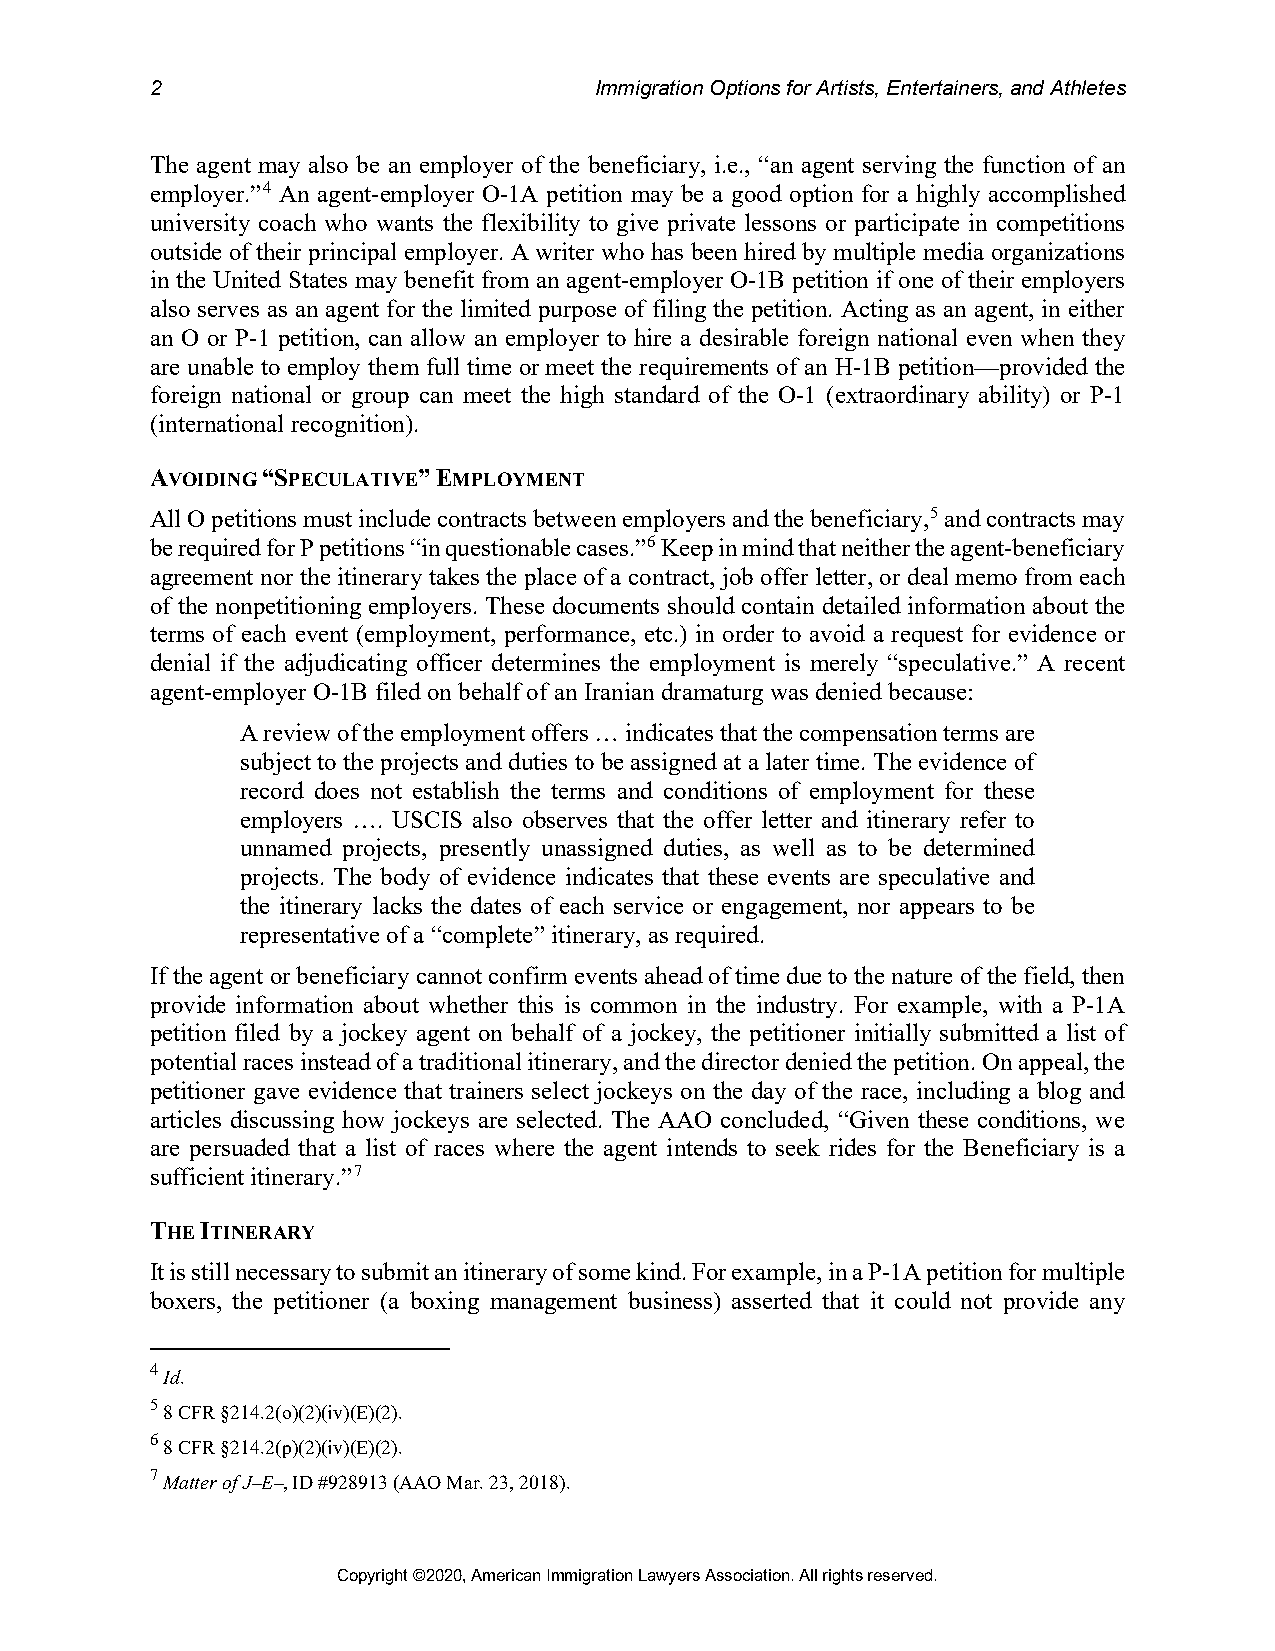
2                            Immigration Options for Artists, Entertainers, and Athletes
 The agent may also be an employer of the beneficiary, i.e., “an agent serving the function of an
 employer.”4 An agent-employer O-1A petition may be a good option for a highly accomplished
 university coach who wants the flexibility to give private lessons or participate in competitions
 outside of their principal employer. A writer who has been hired by multiple media organizations
 in the United States may benefit from an agent-employer O-1B petition if one of their employers
 also serves as an agent for the limited purpose of filing the petition. Acting as an agent, in either
 an O or P-1 petition, can allow an employer to hire a desirable foreign national even when they
 are unable to employ them full time or meet the requirements of an H-1B petition—provided the
 foreign national or group can meet the high standard of the O-1 (extraordinary ability) or P-1
 (international recognition).
 AVOIDING “SPECULATIVE” EMPLOYMENT
 All O petitions must include contracts between employers and the beneficiary,5 and contracts may
 be required for P petitions “in questionable cases.”6 Keep in mind that neither the agent-beneficiary
 agreement nor the itinerary takes the place of a contract, job offer letter, or deal memo from each
 of the nonpetitioning employers. These documents should contain detailed information about the
 terms of each event (employment, performance, etc.) in order to avoid a request for evidence or
 denial if the adjudicating officer determines the employment is merely “speculative.” A recent
 agent-employer O-1B filed on behalf of an Iranian dramaturg was denied because:
 A review of the employment offers … indicates that the compensation terms are
 subject to the projects and duties to be assigned at a later time. The evidence of
 record does not establish the terms and conditions of employment for these
 employers …. USCIS also observes that the offer letter and itinerary refer to
 unnamed projects, presently unassigned duties, as well as to be determined
 projects. The body of evidence indicates that these events are speculative and
 the itinerary lacks the dates of each service or engagement, nor appears to be
 representative of a “complete” itinerary, as required.
 If the agent or beneficiary cannot confirm events ahead of time due to the nature of the field, then
 provide information about whether this is common in the industry. For example, with a P-1A
 petition filed by a jockey agent on behalf of a jockey, the petitioner initially submitted a list of
 potential races instead of a traditional itinerary, and the director denied the petition. On appeal, the
 petitioner gave evidence that trainers select jockeys on the day of the race, including a blog and
 articles discussing how jockeys are selected. The AAO concluded, “Given these conditions, we
 are persuaded that a list of races where the agent intends to seek rides for the Beneficiary is a
 sufficient itinerary.”7
 THE ITINERARY
 It is still necessary to submit an itinerary of some kind. For example, in a P-1A petition for multiple
 boxers, the petitioner (a boxing management business) asserted that it could not provide any
 4
 Id.
 5
 8 CFR §214.2(o)(2)(iv)(E)(2).
 6
 8 CFR §214.2(p)(2)(iv)(E)(2).
 7
 Matter of J–E–, ID #928913 (AAO Mar. 23, 2018).
 Copyright ©2020, American Immigration Lawyers Association. All rights reserved.